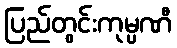
ပြည်တွင်းကုမ္ပဏီ